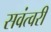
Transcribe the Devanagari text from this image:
सवंत्वरी